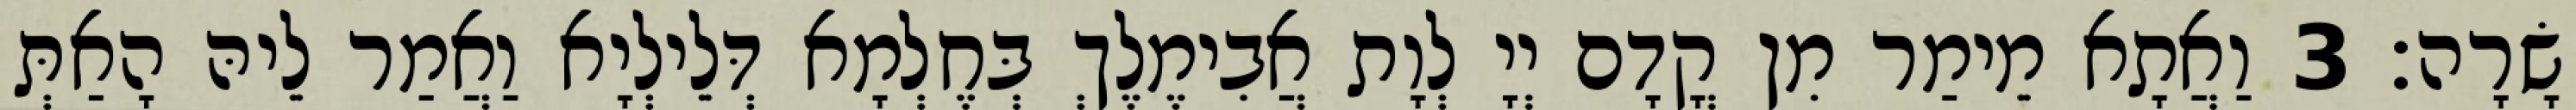
שָׂרָה׃ 3 וַאֲתָא מֵימַר מִן קֳדָם יְיָ לְוָת אֲבִימֶלֶךְ בְּחֶלְמָא דְּלֵילְיָא וַאֲמַר לֵיהּ הָאַתְּ